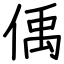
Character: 偊